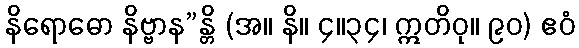
နိရောဓော နိဗ္ဗာန”န္တိ (အ။ နိ။ ၄။၃၄၊ ဣတိဝု။ ၉၀) ဧဝံ